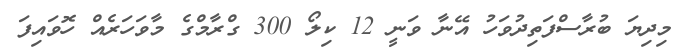
މިދިޔަ ބުރާސްފަތިދުވަހު އޭނާ ވަނީ 12 ކިލޯ 300 ގްރާމްގެ މާވަހަރެއް ހޮވައިފަ